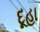
દૂહા